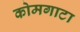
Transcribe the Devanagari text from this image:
कोमगाटा